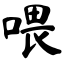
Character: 喂